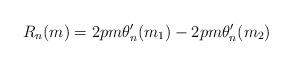
LaTeX: \begin{align*}R_n(m)&=2pm\theta_n'(m_1)-2pm\theta_n'(m_2)\end{align*}